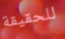
للحقيقة